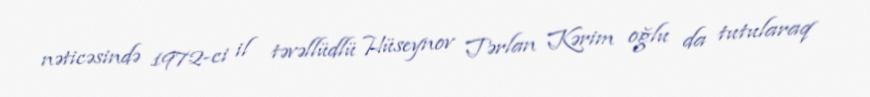
nəticəsində 1972-ci il təvəllüdlü Hüseynov Tərlan Kərim oğlu da tutularaq